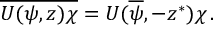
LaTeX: \overline { { { U ( \psi , z ) \chi } } } = U ( \overline { { \psi } } , - z ^ { \ast } ) \chi \, .